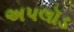
અપલૉડ